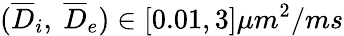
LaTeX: (\overline{{D}}_{i},\ \overline{{D}}_{e})\in\left[0.01,3\right]\mu m^{2}/ms